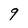
Character: g